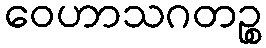
ဝေဟာသဂတဉ္စ